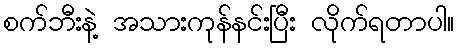
စက်ဘီးနဲ့ အသားကုန်နင်းပြီး လိုက်ရတာပါ။